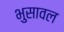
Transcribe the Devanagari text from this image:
भुुसावल